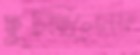
ছুটছিলেনফ